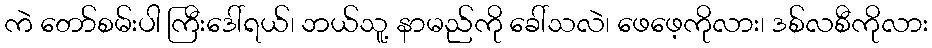
ကဲ တော်စမ်းပါ ကြီးဒေါ်ရယ်၊ ဘယ်သူ့ နာမည်ကို ခေါ်သလဲ၊ ဖေဖေ့ကိုလား၊ ဒစ်လစီကိုလား